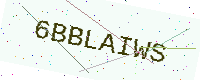
Text: 6BBLAIWS